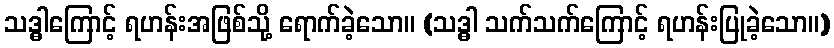
သဒ္ဓါကြောင့် ရဟန်းအဖြစ်သို့ ရောက်ခဲ့သော။ (သဒ္ဓါ သက်သက်ကြောင့် ရဟန်းပြုခဲ့သော။)